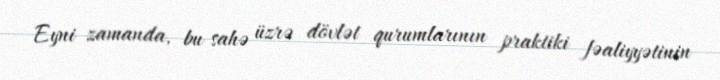
Eyni zamanda, bu sahə üzrə dövlət qurumlarının praktiki fəaliyyətinin